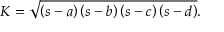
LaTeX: K = { \sqrt { \left( s - a \right) \left( s - b \right) \left( s - c \right) \left( s - d \right) } } .